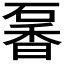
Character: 𥔡